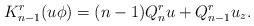
LaTeX: \begin{align*}K_{n-1}^r(u\phi)=(n-1)Q_n^r u+Q_{n-1}^r u_z.\end{align*}